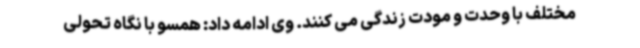
مختلف با وحدت و مودت زندگی می کنند. وی ادامه داد: همسو با نگاه تحولی